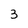
Character: 3